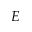
E